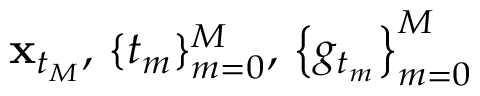
\mathbf { x } _ { t _ { M } } , \, \{ t _ { m } \} _ { m = 0 } ^ { M } , \, \left\{ g _ { t _ { m } } \right\} _ { m = 0 } ^ { M }